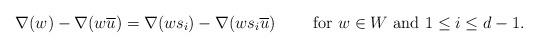
LaTeX: \begin{align*}\nabla(w)-\nabla(w\overline{u})=\nabla(ws_i)-\nabla(ws_i\overline{u})\quad\quad\mbox{ for }w\in W\mbox{ and }1\le i\le d-1.\end{align*}